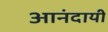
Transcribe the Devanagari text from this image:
आनंदायी